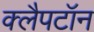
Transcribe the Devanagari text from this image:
क्लैपटॉन